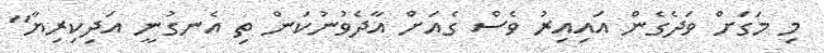
މި މަގަށް ވަދެގެން އައިއިރު ވެސް ގެއަށް އާދެވުނުކަން ތި އެނގުނީ އަދިކިރިޔާ"